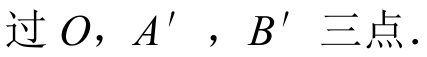
过\(O\)，\(A'\)，\(B'\)三点.